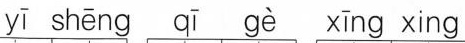
yī shēng qī gè xīng xing